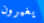
يغيرون